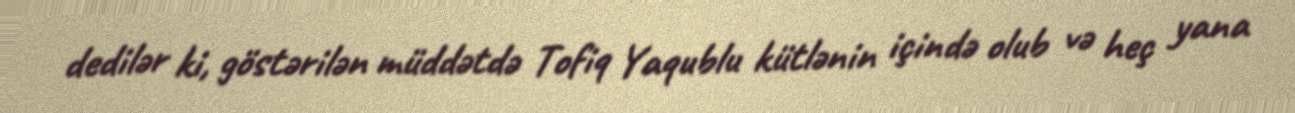
dedilər ki, göstərilən müddətdə Tofiq Yaqublu kütlənin içində olub və heç yana